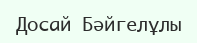
Досай Бәйгелұлы